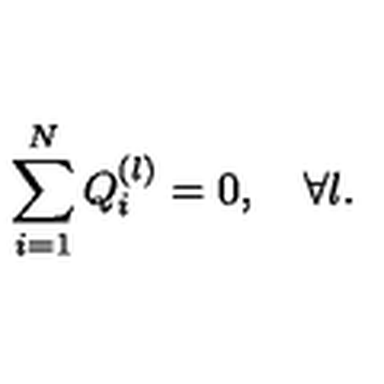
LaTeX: \sum _ { i = 1 } ^ { N } Q _ { i } ^ { ( l ) } = 0 , \quad \forall l .